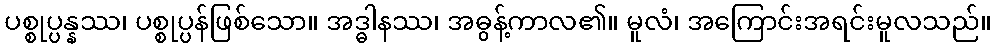
ပစ္စုပ္ပန္နဿ၊ ပစ္စုပ္ပန်ဖြစ်သော။ အဒ္ဓါနဿ၊ အဓွန့်ကာလ၏။ မူလံ၊ အကြောင်းအရင်းမူလသည်။